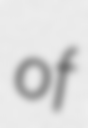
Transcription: of